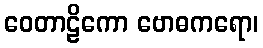
ဝေတာဠိကော ဗောဓကရော၊